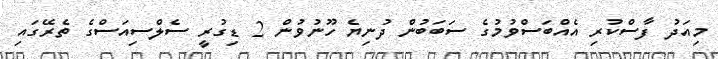
މިއަދު ފާސްކުރި އެއްބަސްވުމުގެ ސަބަބުން ދުނިޔެ ހޫނުވުން 2 ޑިގުރީ ސެލްސިއަސްގެ ތެރޭގައި